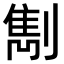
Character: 𠟠